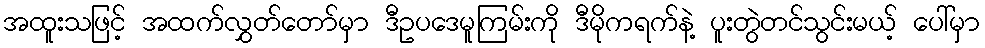
အထူးသဖြင့် အထက်လွှတ်တော်မှာ ဒီဥပဒေမူကြမ်းကို ဒီမိုကရက်နဲ့ ပူးတွဲတင်သွင်းမယ့် ပေါ်မှာ